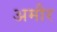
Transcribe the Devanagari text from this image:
अमौर